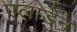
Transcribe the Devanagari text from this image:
एलाडेन